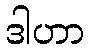
ဒါဟာ